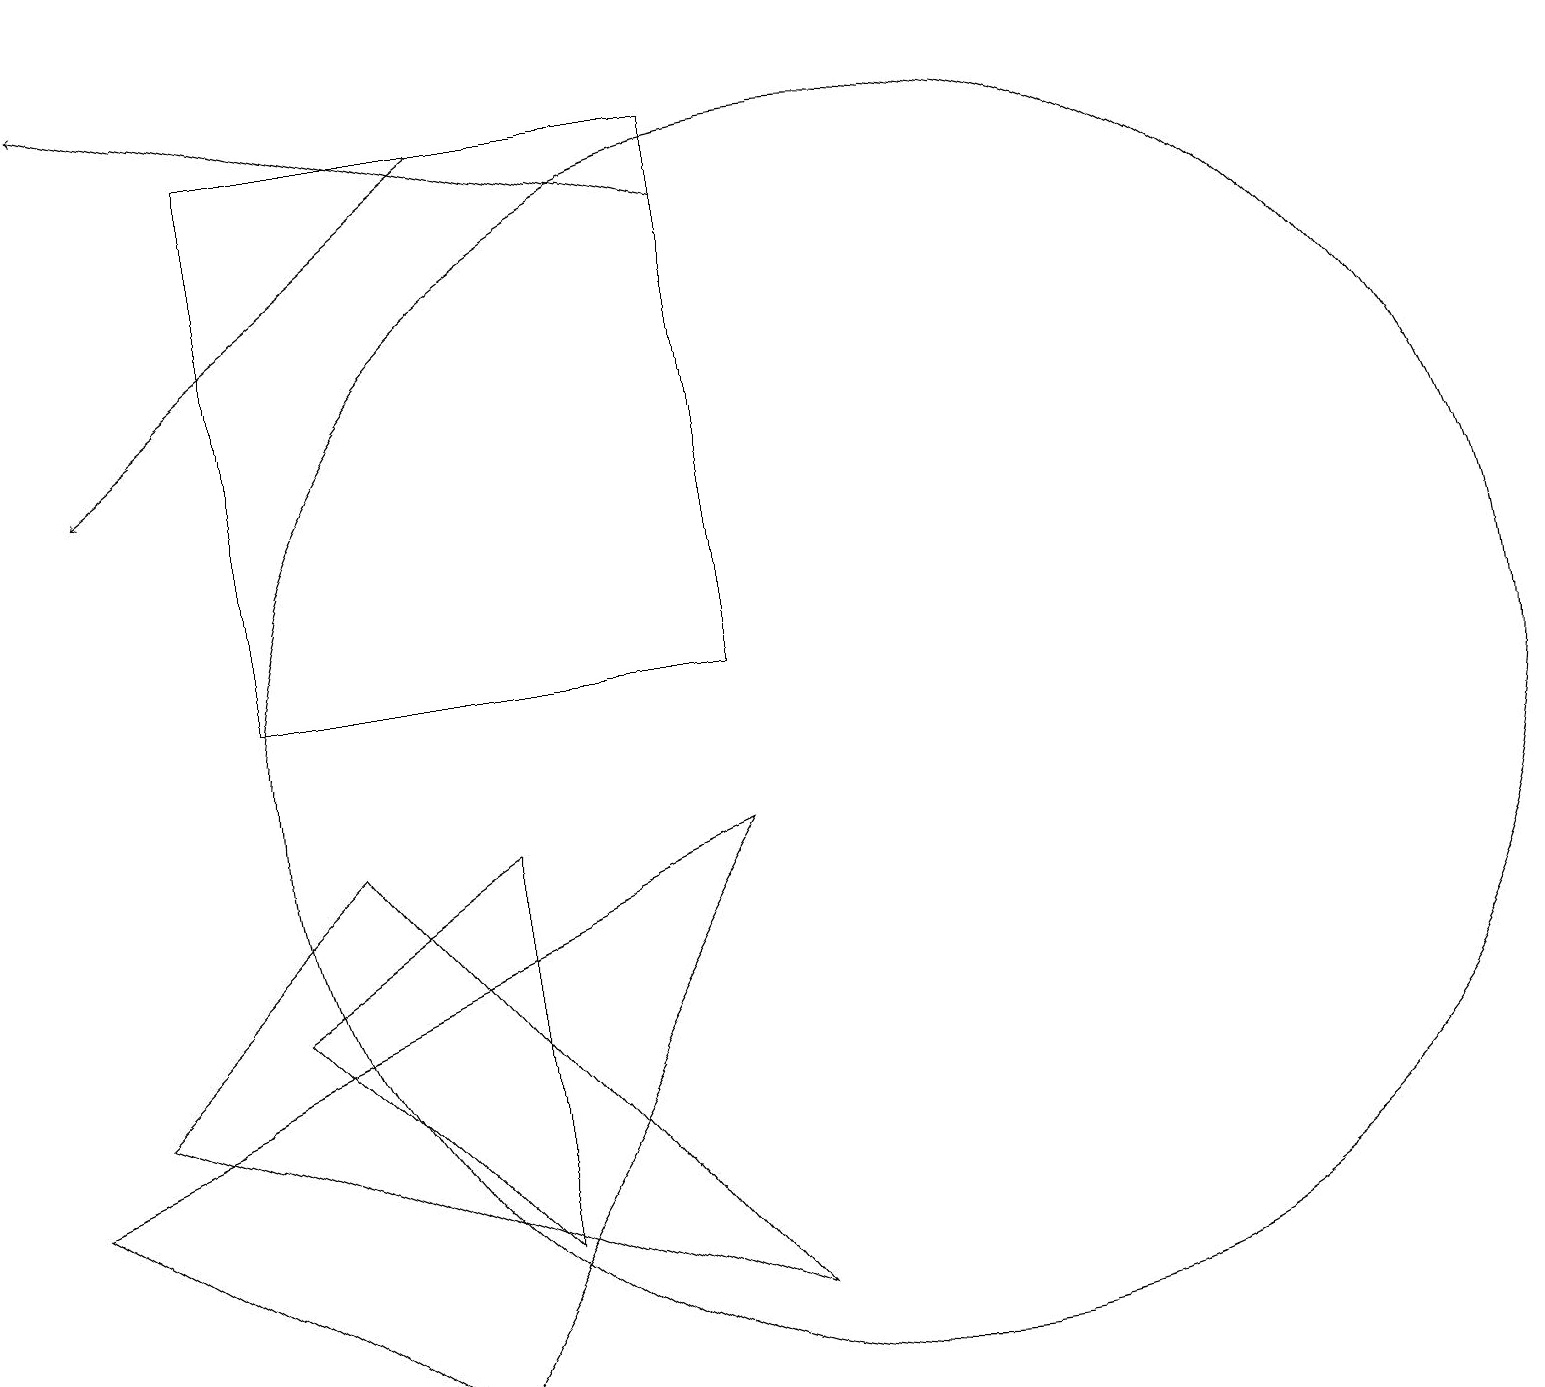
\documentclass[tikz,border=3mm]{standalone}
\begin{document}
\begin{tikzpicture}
\draw (11,10) circle (8);
\draw[->] (9,17) -- (1,19);
\draw (3,18) rectangle (9,11);
\draw (1,6) -- (4,9) -- (9,3) -- cycle;
\draw (6,4) -- (3,7) -- (6,9) -- cycle;
\draw (9,9) -- (0,5) -- (5,2) -- cycle;
\draw[->] (6,18) -- (1,14);
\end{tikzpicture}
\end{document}